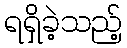
ရရှိခဲ့သည့်